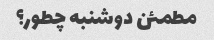
مطمئن دوشنبه چطور؟